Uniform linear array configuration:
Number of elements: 32
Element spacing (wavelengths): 0.5
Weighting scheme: cosine
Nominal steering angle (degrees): -30
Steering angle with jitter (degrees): -30.027
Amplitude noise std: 0.05
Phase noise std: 0.05

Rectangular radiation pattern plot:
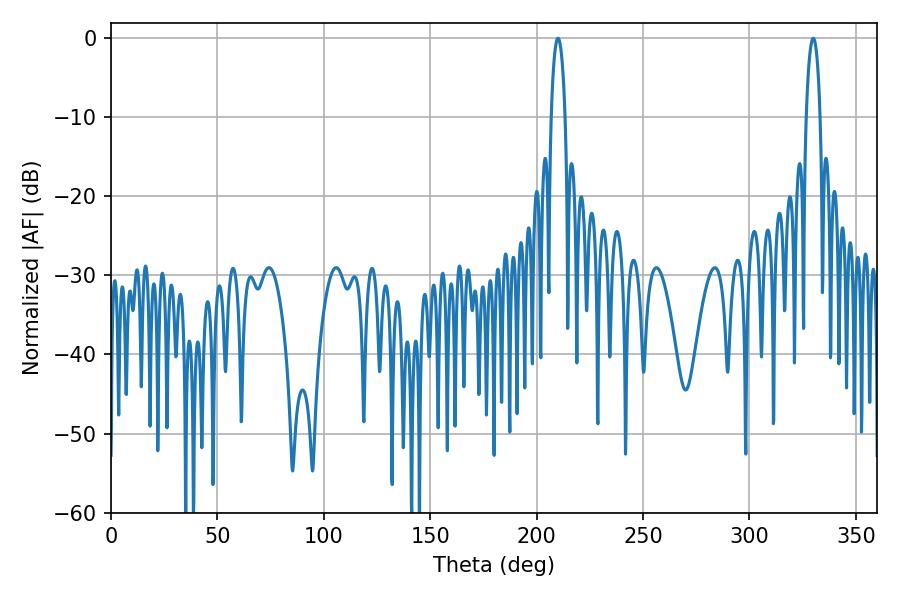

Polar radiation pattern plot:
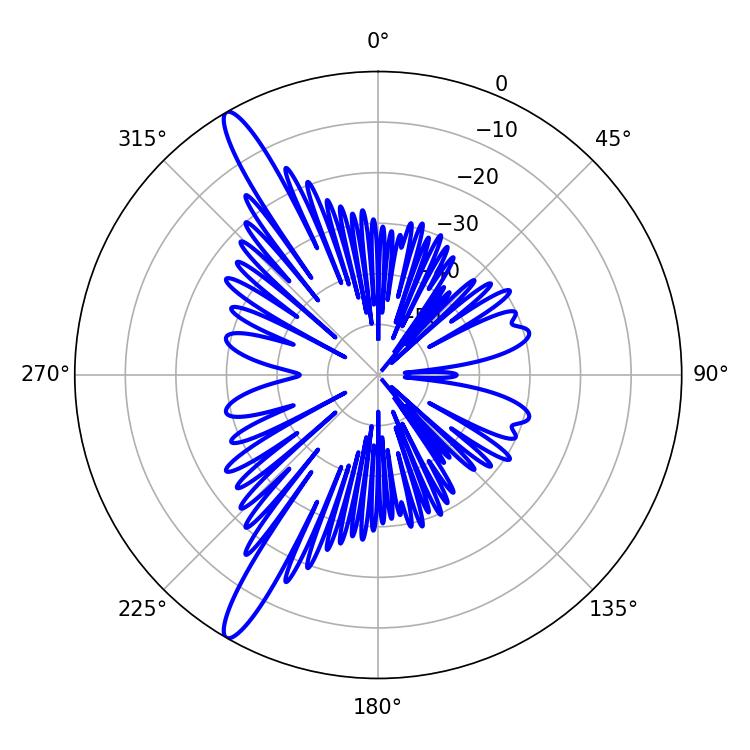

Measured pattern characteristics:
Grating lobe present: FALSE
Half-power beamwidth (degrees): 3.6
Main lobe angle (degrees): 329.94